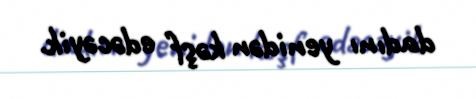
dadını yenidən kəşf edəcəyik.